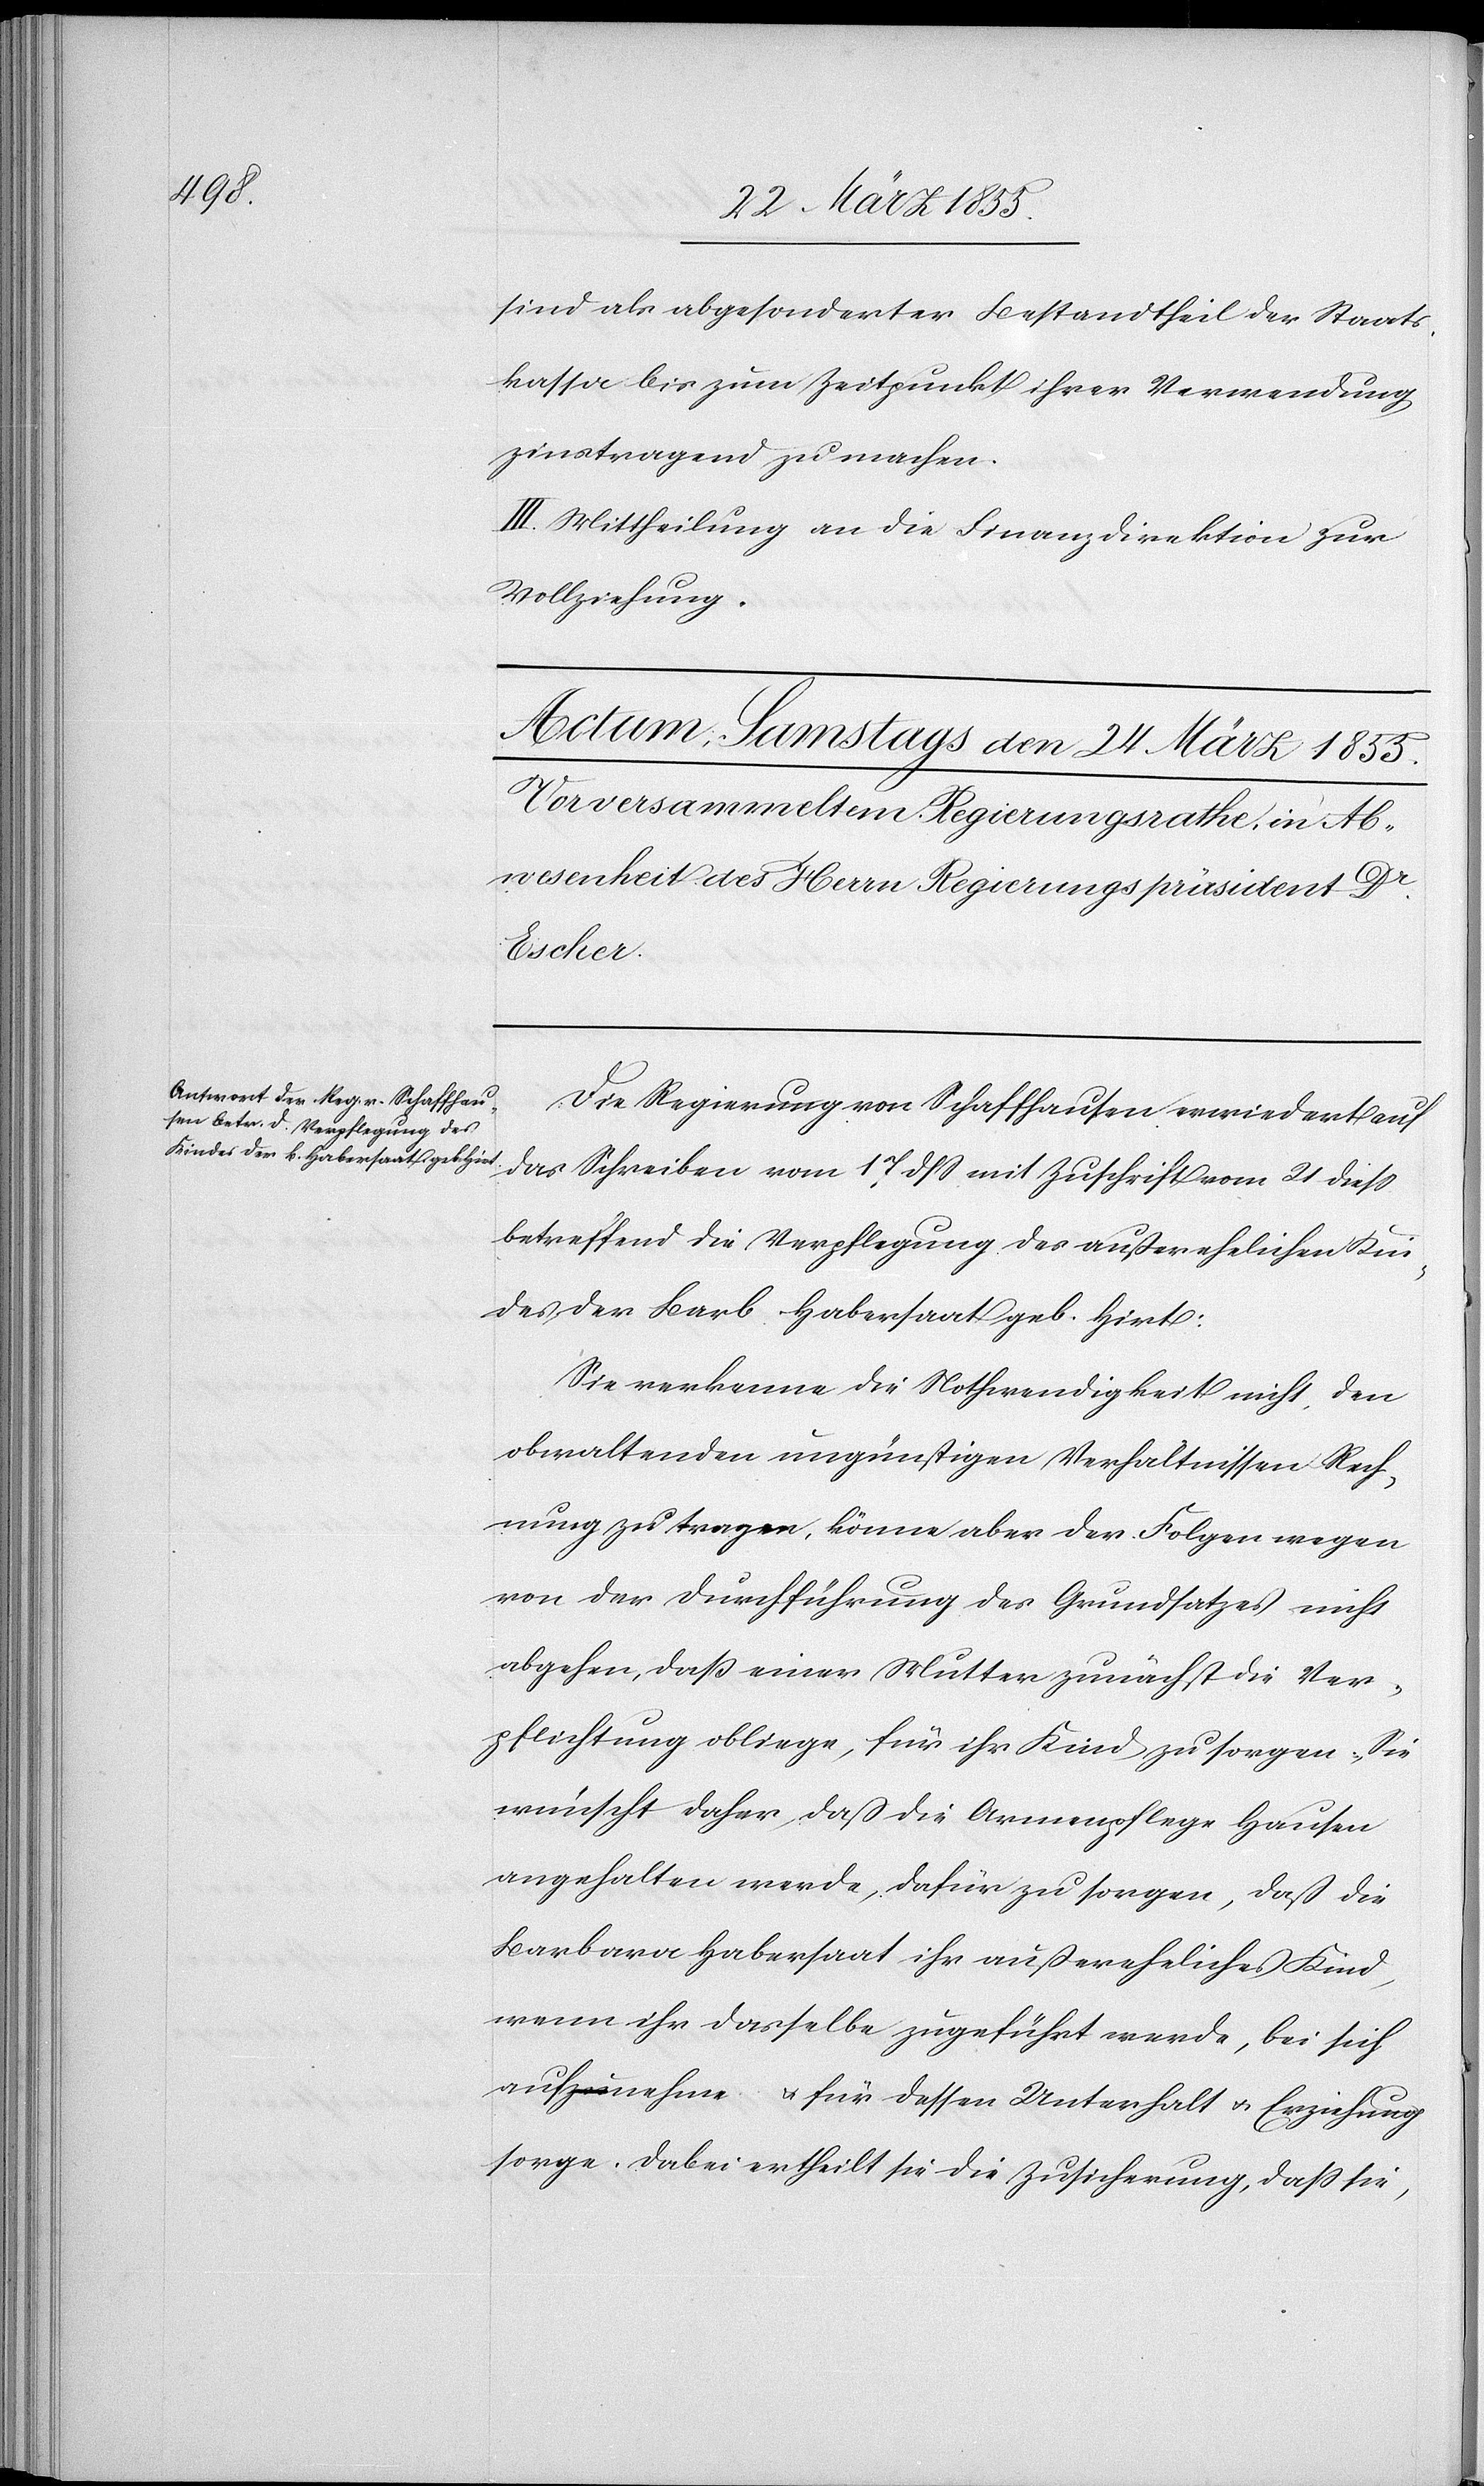
sind als abgesonderter Bestandtheil der Staats¬
kassa bis zum Zeitpunkt ihrer Verwendung
zinstragend zu machen.
III. Mittheilung an die Finanzdirektion zur
Vollziehung.
Die Regierung von Schaffhausen erwiedert auf
das Schreiben vom 17 dss mit Zuschrift vom 21 diess
betreffend die Verpflegung des außerehelichen Kin¬
des der Barb. Habersaat geb. Hirt:
Sie verkenne die Nothwendigkeit nicht, den
obwaltenden ungünstigen Verhältnissen Rech¬
nung zu tragen, könne aber der Folgen wegen
von der Durchführung des Grundsatzes nicht
abgehen, daß einer Mutter zunächst die Ver¬
pflichtung obliege, für ihr Kind zu sorgen. Sie
wünscht daher, daß die Armenpflege Hausen
angehalten werde, dafür zu sorgen, daß die
Barbara Habersaat ihr außereheliches Kind,
wenn ihr dasselbe zugeführt werde, bei sich
aufnehme & für dessen Unterhalt & Erziehung
sorge. Dabei ertheilt sie die Zusicherung, dass sie,